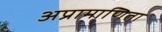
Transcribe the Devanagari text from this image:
अप्रामाणिता